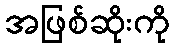
အဖြစ်ဆိုးကို